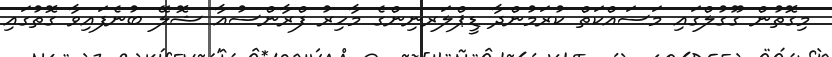
މިގޮތުން ގޫގުލްގައި މަސައްކަތް ކުރަމުންދާ ޑީޕްލަރނިންގެ މާހިރު ފްރާންސުއާ ޝޮލޭ ބުނެފައިވާ ގޮތުގައި